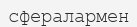
сфералармен